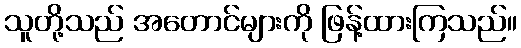
သူတို့သည် အတောင်များကို ဖြန့်ထားကြသည်။